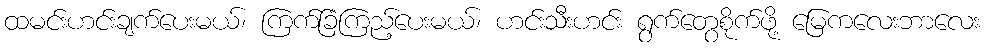
ထမင်းဟင်းချက်ပေးမယ်၊ ကြက်ခြံကြည့်ပေးမယ်၊ ဟင်းသီးဟင်း ရွက်တွေစိုက်ဖို့ မြေကလေးဘာလေး